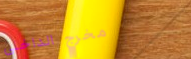
مخرج الداخلي